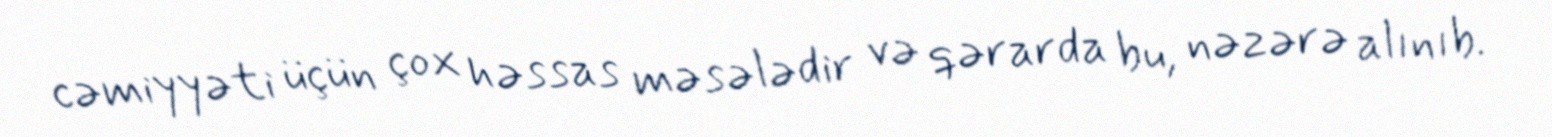
cəmiyyəti üçün çox həssas məsələdir və qərarda bu, nəzərə alınıb.